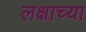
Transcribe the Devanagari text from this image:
लक्षाच्या